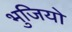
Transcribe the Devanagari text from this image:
भुजियो